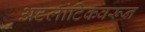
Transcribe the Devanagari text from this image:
अटलांटिकवरून